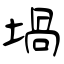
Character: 堝